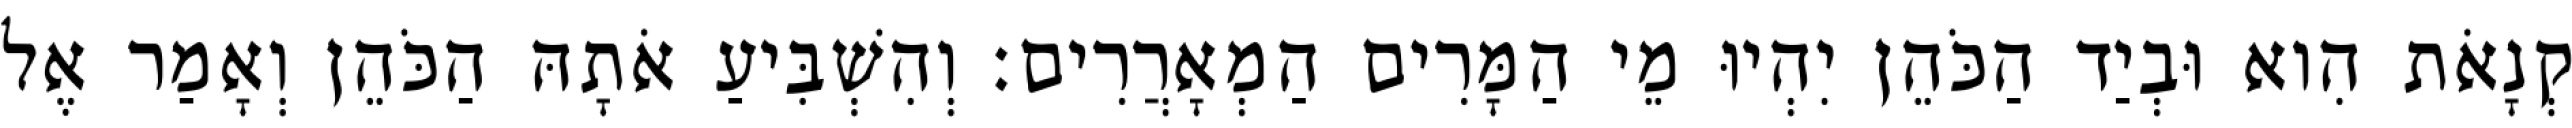
קְנָאֹת הִוא וּבְיַד הַכֹּהֵן יִהְיוּ מֵי הַמָּרִים הַמְאָרֲרִים׃ וְהִשְׁבִּיעַ אֹתָהּ הַכֹּהֵן וְאָמַר אֶל